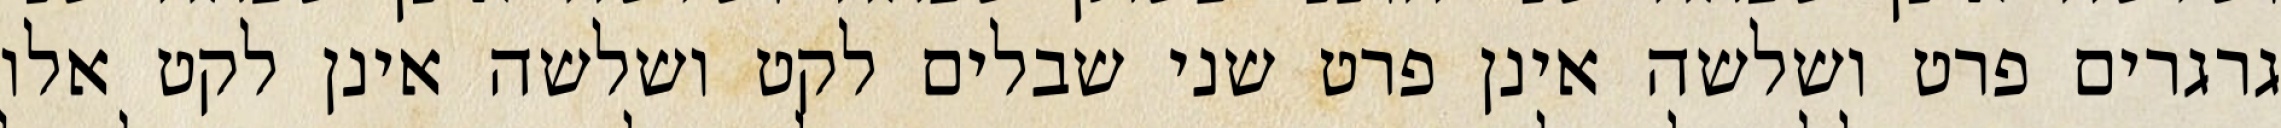
גרגרים פרט ושלשה אינן פרט שני שבלים לקט ושלשה אינן לקט אלו